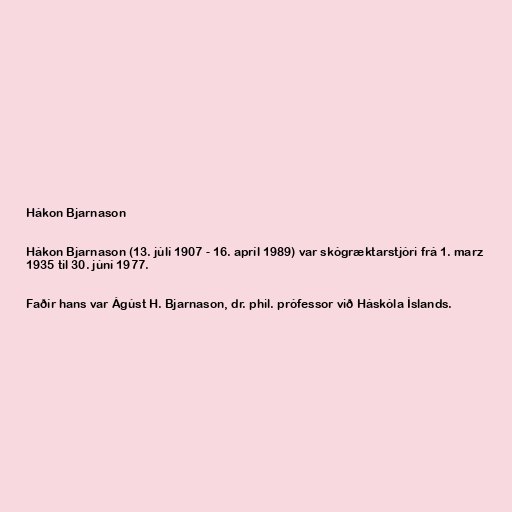
Hákon Bjarnason

Hákon Bjarnason (13. júlí 1907 - 16. apríl 1989) var skógræktarstjóri frá 1. marz
1935 til 30. júní 1977.

Faðír hans var Ágúst H. Bjarnason, dr. phil. prófessor við Háskóla Íslands.